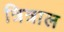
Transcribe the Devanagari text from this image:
त्रित्राल